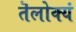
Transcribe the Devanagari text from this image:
तॆलोक्यं